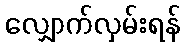
လျှောက်လှမ်းရန်